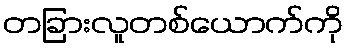
တခြားလူတစ်ယောက်ကို